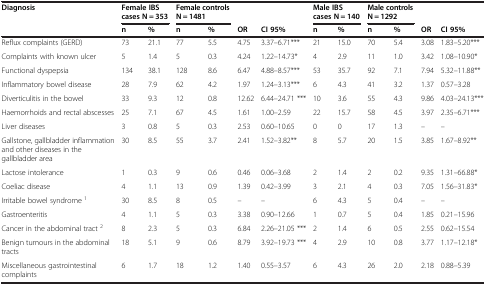
<table><thead><tr><td><b>Diagnosis</b></td><td colspan="2"><b>Female IBS cases N = 353</b></td><td colspan="2"><b>Female controls N = 1481</b></td><td><b> </b></td><td><b> </b></td><td colspan="2"><b>Male IBS cases N = 140</b></td><td colspan="2"><b>Male controls N = 1292</b></td><td><b> </b></td><td><b> </b></td></tr><tr><td><b> </b></td><td><b>n</b></td><td><b>%</b></td><td><b>n</b></td><td><b>%</b></td><td><b>OR</b></td><td><b>CI 95%</b></td><td><b>n</b></td><td><b>%</b></td><td><b>n</b></td><td><b>%</b></td><td><b>OR</b></td><td><b>CI 95%</b></td></tr></thead><tbody><tr><td>Reflux complaints (GERD)</td><td>73</td><td>21.1</td><td>77</td><td>5.5</td><td>4.75</td><td>3.37–6.71***</td><td>21</td><td>15.0</td><td>70</td><td>5.4</td><td>3.08</td><td>1.83–5.20***</td></tr><tr><td>Complaints with known ulcer</td><td>5</td><td>1.4</td><td>5</td><td>0.3</td><td>4.24</td><td>1.22–14.73*</td><td>4</td><td>2.9</td><td>11</td><td>1.0</td><td>3.42</td><td>1.08–10.90*</td></tr><tr><td>Functional dyspepsia</td><td>134</td><td>38.1</td><td>128</td><td>8.6</td><td>6.47</td><td>4.88–8.57***</td><td>53</td><td>35.7</td><td>92</td><td>7.1</td><td>7.94</td><td>5.32–11.88**</td></tr><tr><td>Inflammatory bowel disease</td><td>28</td><td>7.9</td><td>62</td><td>4.2</td><td>1.97</td><td>1.24–3.13***</td><td>6</td><td>4.3</td><td>41</td><td>3.2</td><td>1.37</td><td>0.57–3.28</td></tr><tr><td>Diverticulitis in the bowel</td><td>33</td><td>9.3</td><td>12</td><td>0.8</td><td>12.62</td><td>6.44–24.71 ***</td><td>10</td><td>3.6</td><td>55</td><td>4.3</td><td>9.86</td><td>4.03–24.13***</td></tr><tr><td>Haemorrhoids and rectal abscesses</td><td>25</td><td>7.1</td><td>67</td><td>4.5</td><td>1.61</td><td>1.00–2.59</td><td>22</td><td>15.7</td><td>58</td><td>4.5</td><td>3.97</td><td>2.35–6.71***</td></tr><tr><td>Liver diseases</td><td>3</td><td>0.8</td><td>5</td><td>0.3</td><td>2.53</td><td>0.60–10.65</td><td>0</td><td>0</td><td>17</td><td>1.3</td><td>–</td><td>–</td></tr><tr><td>Gallstone, gallbladder inflammation and other diseases in the gallbladder area</td><td>30</td><td>8.5</td><td>55</td><td>3.7</td><td>2.41</td><td>1.52–3.82**</td><td>8</td><td>5.7</td><td>20</td><td>1.5</td><td>3.85</td><td>1.67–8.92**</td></tr><tr><td>Lactose intolerance</td><td>1</td><td>0.3</td><td>9</td><td>0.6</td><td>0.46</td><td>0.06–3.68</td><td>2</td><td>1.4</td><td>2</td><td>0.2</td><td>9.35</td><td>1.31–66.88*</td></tr><tr><td>Coeliac disease</td><td>4</td><td>1.1</td><td>13</td><td>0.9</td><td>1.39</td><td>0.42–3.99</td><td>3</td><td>2.1</td><td>4</td><td>0.3</td><td>7.05</td><td>1.56–31.83*</td></tr><tr><td>Irritable bowel syndrome <sup>1</sup></td><td>30</td><td>8.5</td><td>8</td><td>0.5</td><td>–</td><td>–</td><td>6</td><td>4.3</td><td>5</td><td>0.4</td><td>–</td><td>–</td></tr><tr><td>Gastroenteritis</td><td>4</td><td>1.1</td><td>5</td><td>0.3</td><td>3.38</td><td>0.90–12.66</td><td>1</td><td>0.7</td><td>5</td><td>0.4</td><td>1.85</td><td>0.21–15.96</td></tr><tr><td>Cancer in the abdominal tract <sup>2</sup></td><td>8</td><td>2.3</td><td>5</td><td>0.3</td><td>6.84</td><td>2.26–21.05 ***</td><td>2</td><td>1.4</td><td>6</td><td>0.5</td><td>2.55</td><td>0.62–15.54</td></tr><tr><td>Benign tumours in the abdominal tracts</td><td>18</td><td>5.1</td><td>9</td><td>0.6</td><td>8.79</td><td>3.92–19.73 ***</td><td>4</td><td>2.9</td><td>10</td><td>0.8</td><td>3.77</td><td>1.17–12.18*</td></tr><tr><td>Miscellaneous gastrointestinal complaints</td><td>6</td><td>1.7</td><td>18</td><td>1.2</td><td>1.40</td><td>0.55–3.57</td><td>6</td><td>4.3</td><td>26</td><td>2.0</td><td>2.18</td><td>0.88–5.39</td></tr></tbody></table>